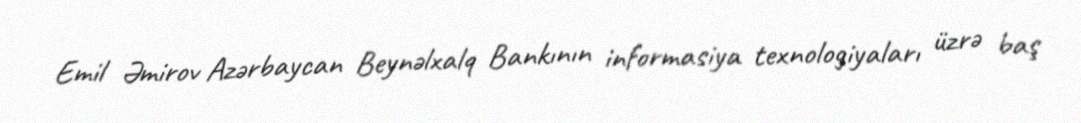
Emil Əmirov Azərbaycan Beynəlxalq Bankının informasiya texnologiyaları üzrə baş